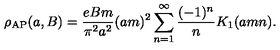
\rho _ { \mathrm { \tiny A P } } ( a , B ) = { \frac { e B m } { \pi ^ { 2 } a ^ { 2 } } } ( a m ) ^ { 2 } \sum _ { n = 1 } ^ { \infty } { \frac { ( - 1 ) ^ { n } } { n } } K _ { 1 } ( a m n ) .